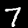
Label: 7